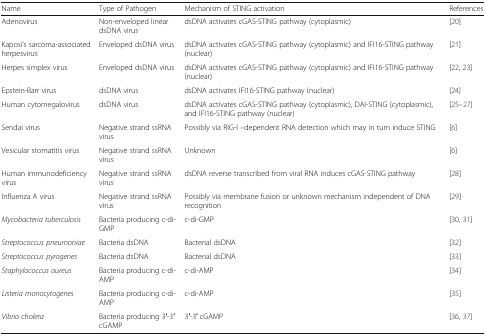
| Name | Type of Pathogen | Mechanism of STING activation | References |
 | --- | --- | --- | --- |
 | Adenovirus | Non-enveloped linear dsDNA virus | dsDNA activates cGAS-STING pathway (cytoplasmic) | [20] |
 | Kaposi’s sarcoma-associated herpesvirus | Enveloped dsDNA virus | dsDNA activates cGAS-STING pathway (cytoplasmic) and IFI16-STING pathway (nuclear) | [21] |
 | Herpes simplex virus | Enveloped dsDNA virus | dsDNA activates cGAS-STING pathway (cytoplasmic) and IFI16-STING pathway (nuclear) | [22, 23] |
 | Epstein-Barr virus | dsDNA virus | dsDNA activates IFI16-STING pathway (nuclear) | [24] |
 | Human cytomegalovirus | dsDNA virus | dsDNA activates cGAS-STING pathway (cytoplasmic), DAI-STING (cytoplasmic), and IFI16-STING pathway (nuclear) | [25–27] |
 | Sendai virus | Negative strand ssRNA virus | Possibly via RIG-I –dependent RNA detection which may in turn induce STING | [6] |
 | Vesicular stomatitis virus | Negative strand ssRNA virus | Unknown | [6] |
 | Human immunodeficiency virus | Negative strand ssRNA virus | dsDNA reverse transcribed from viral RNA induces cGAS-STING pathway | [28] |
 | Influenza A virus | Negative strand ssRNA virus | Possibly via membrane fusion or unknown mechanism independent of DNA recognition | [29] |
 | Mycobacteria tuberculosis | Bacteria producing c-di-GMP | c-di-GMP | [30, 31] |
 | Streptococcus pneumoniae | Bacteria dsDNA | Bacterial dsDNA | [32] |
 | Streptococcus pyrogenes | Bacteria dsDNA | Bacterial dsDNA | [33] |
 | Staphylococcus aureus | Bacteria producing c-di-AMP | c-di-AMP | [34] |
 | Listeria monocytogenes | Bacteria producing c-di-AMP | c-di-AMP | [35] |
 | Vibrio cholera | Bacteria producing 3′-3′ cGAMP | 3′-3′ cGAMP | [36, 37] |